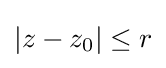
|z-z_{0}|\leq r